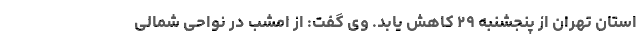
استان تهران از پنجشنبه ۲۹ کاهش یابد. وی گفت: از امشب در نواحی شمالی